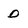
Character: D